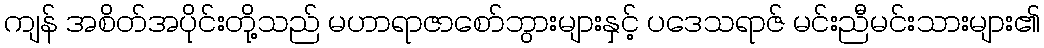
ကျန် အစိတ်အပိုင်းတို့သည် မဟာရာဇာစော်ဘွားများနှင့် ပဒေသရာဇ် မင်းညီမင်းသားများ၏